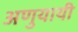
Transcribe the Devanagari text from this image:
अणुयायी